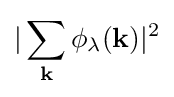
|\sum _{\mathbf {k} }\phi _{\lambda }({\mathbf {k} })|^{2}